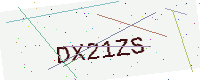
Text: DX21ZS